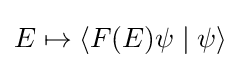
E\mapsto \langle F(E)\psi \mid \psi \rangle